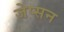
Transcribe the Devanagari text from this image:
जेप्सन